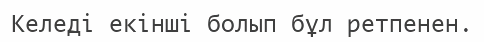
Келеді екінші болып бұл ретпенен.